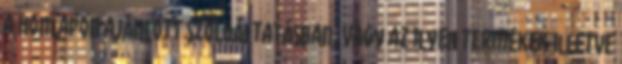
a honlapon ajánlott szolgáltatásban, vagy az ilyen termékek illetve